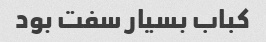
کباب بسیار سفت بود